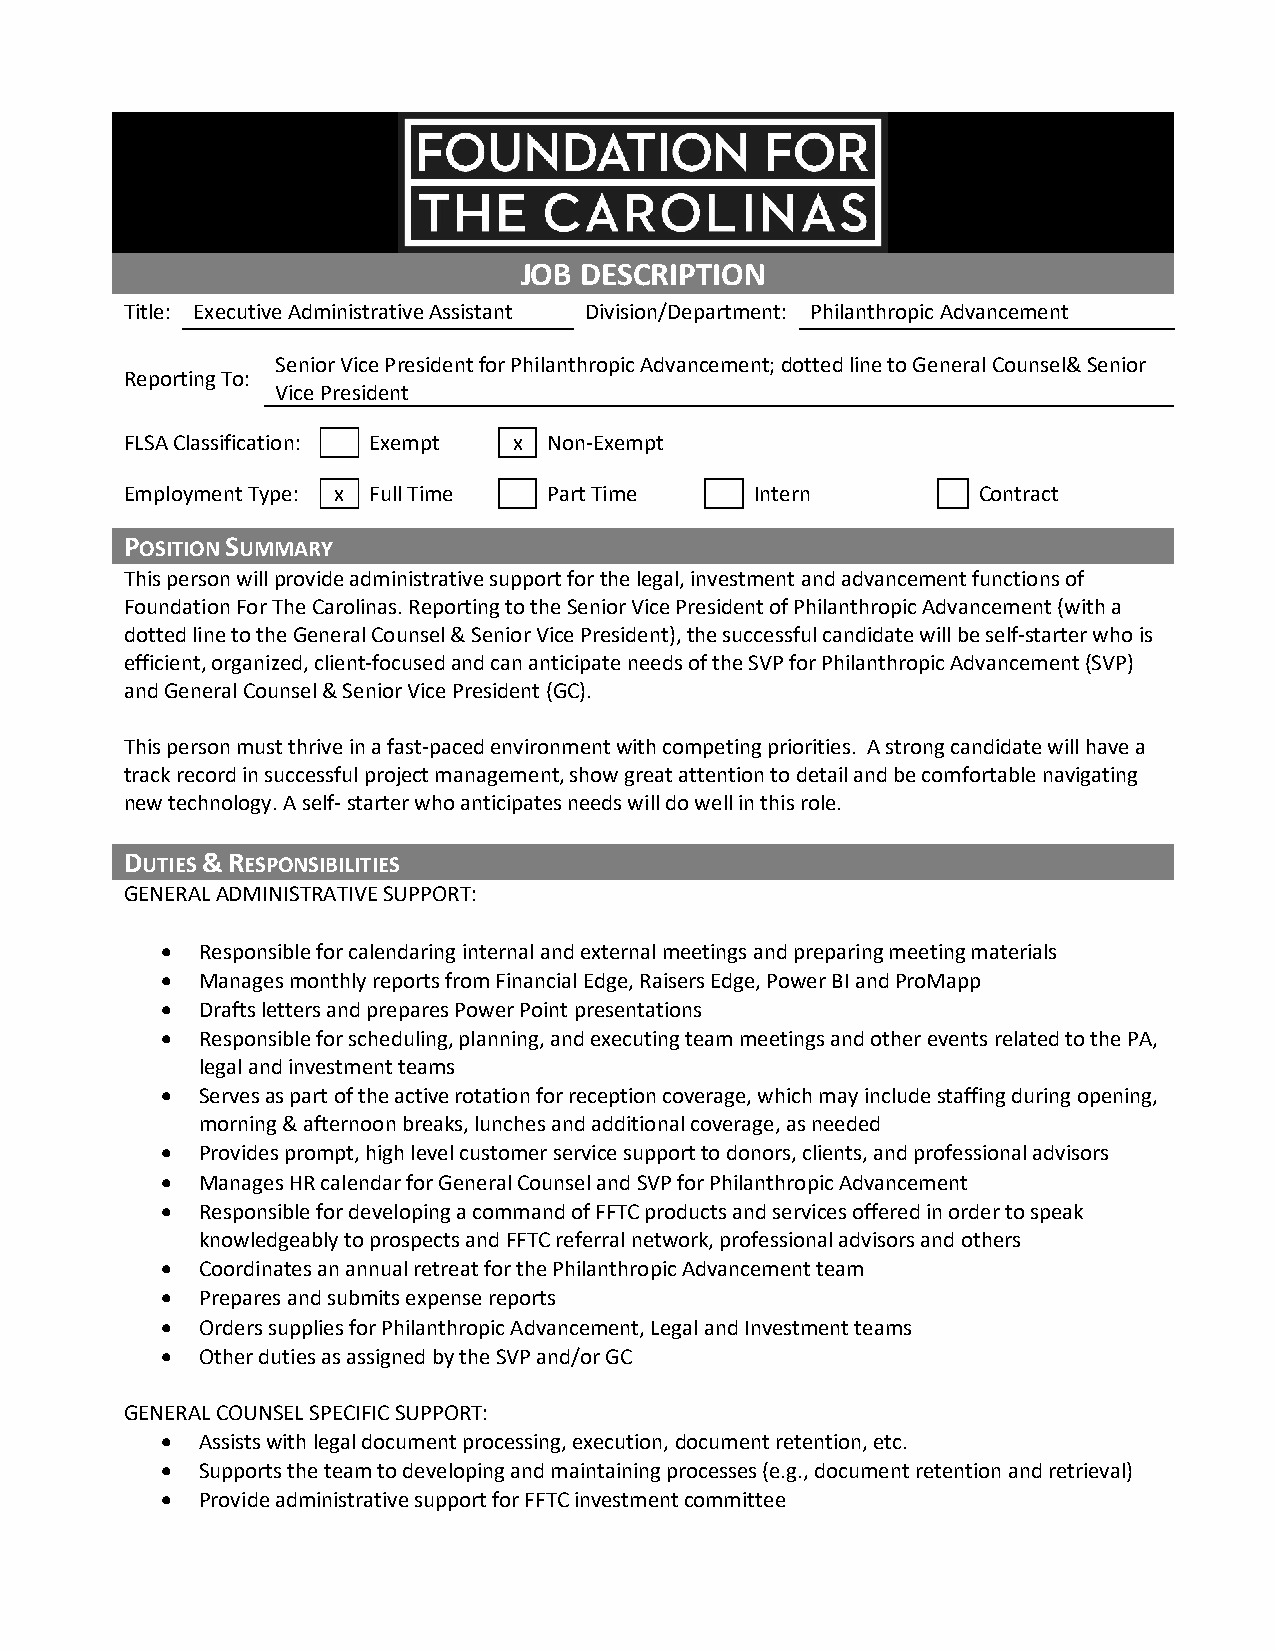
JOB DESCRIPTION
 Title: Executive Administrative Assistant Division/Department: Philanthropic Advancement
 Senior Vice President for Philanthropic Advancement; dotted line to General Counsel& Senior
 Reporting To:
 Vice President
 FLSA Classification: Exempt x Non-Exempt
 Employment Type: x Full Time Part Time    Intern         Contract
 POSITION SUMMARY
 This person will provide administrative support for the legal, investment and advancement functions of
 Foundation For The Carolinas. Reporting to the Senior Vice President of Philanthropic Advancement (with a
 dotted line to the General Counsel & Senior Vice President), the successful candidate will be self-starter who is
 efficient, organized, client-focused and can anticipate needs of the SVP for Philanthropic Advancement (SVP)
 and General Counsel & Senior Vice President (GC).
 This person must thrive in a fast-paced environment with competing priorities. A strong candidate will have a
 track record in successful project management, show great attention to detail and be comfortable navigating
 new technology. A self- starter who anticipates needs will do well in this role.
 DUTIES & RESPONSIBILITIES
 GENERAL ADMINISTRATIVE SUPPORT:
 • Responsible for calendaring internal and external meetings and preparing meeting materials
 • Manages monthly reports from Financial Edge, Raisers Edge, Power BI and ProMapp
 • Drafts letters and prepares Power Point presentations
 • Responsible for scheduling, planning, and executing team meetings and other events related to the PA,
 legal and investment teams
 • Serves as part of the active rotation for reception coverage, which may include staffing during opening,
 morning & afternoon breaks, lunches and additional coverage, as needed
 • Provides prompt, high level customer service support to donors, clients, and professional advisors
 • Manages HR calendar for General Counsel and SVP for Philanthropic Advancement
 • Responsible for developing a command of FFTC products and services offered in order to speak
 knowledgeably to prospects and FFTC referral network, professional advisors and others
 • Coordinates an annual retreat for the Philanthropic Advancement team
 • Prepares and submits expense reports
 • Orders supplies for Philanthropic Advancement, Legal and Investment teams
 • Other duties as assigned by the SVP and/or GC
 GENERAL COUNSEL SPECIFIC SUPPORT:
 • Assists with legal document processing, execution, document retention, etc.
 • Supports the team to developing and maintaining processes (e.g., document retention and retrieval)
 • Provide administrative support for FFTC investment committee